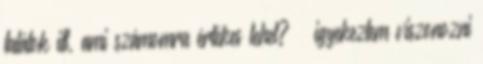
találok itt, ami számomra értékes lehet? – igyekeztem viszonozni